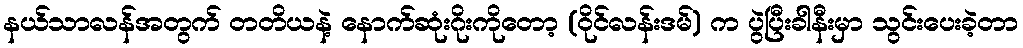
နယ်သာလန်အတွက် တတိယနဲ့ နောက်ဆုံးဂိုးကိုတော့ (ဝိုင်လန်းဒမ်) က ပွဲပြီးခါနီးမှာ သွင်းပေးခဲ့တာ